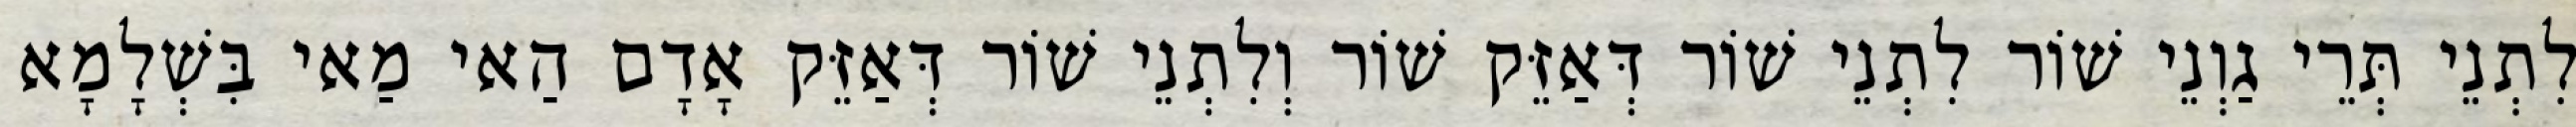
לִתְנֵי תְּרֵי גַוְנֵי שׁוֹר לִתְנֵי שׁוֹר דְּאַזֵּק שׁוֹר וְלִתְנֵי שׁוֹר דְּאַזֵּק אָדָם הַאי מַאי בִּשְׁלָמָא